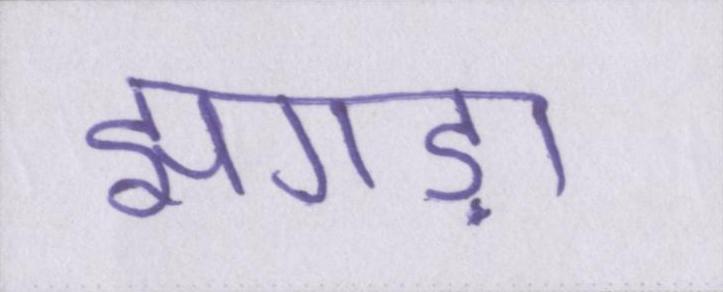
झगड़ा